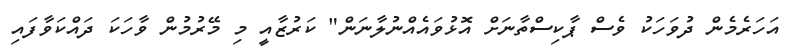
އަހަރެމެން ދުވަހަކު ވެސް ޕާކިސްތާނަށް އޮޅުވައެއްނުލާނަން" ކަރުޒާއީ މި މޭރުމުން ވާހަކަ ދައްކަވާފައި